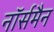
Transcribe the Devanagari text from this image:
नॉर्समैन